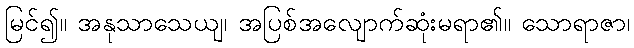
မြင်၍။ အနုသာသေယျ၊ အပြစ်အလျောက်ဆုံးမရာ၏။ သောရာဇာ၊